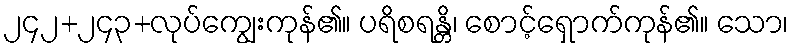
၂၄၂+၂၄၃+လုပ်ကျွေးကုန်၏။ ပရိစရန္တိ၊ စောင့်ရှောက်ကုန်၏။ သော၊